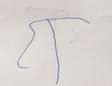
Signature authenticity: forged